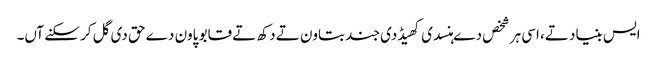
ایس بنیاد تے، اسی ہر شخص دے ہنسدی کھیڈدی جند بتاون تے دکھ تے قابو پاون دے حق دی گل کر سکنے آں۔